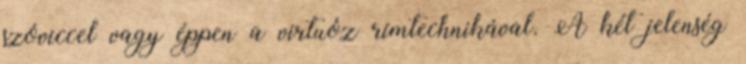
szóviccel vagy éppen a virtuóz rímtechnikával. A két jelenség